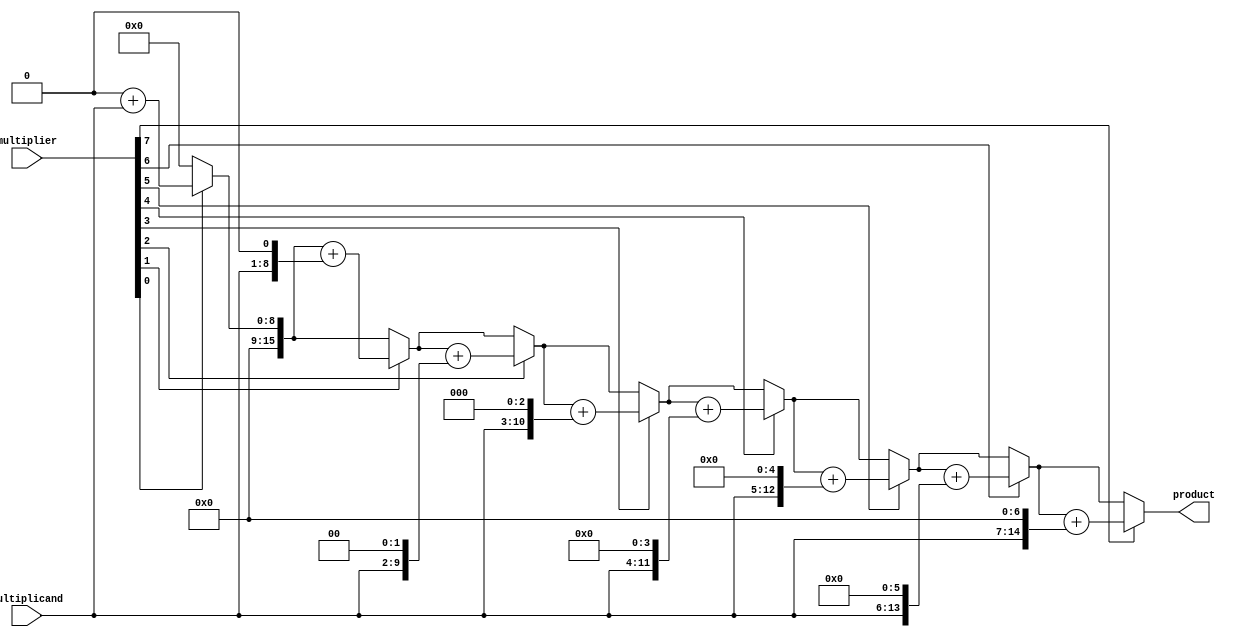
module unsigned_multiplier(
    input wire [7:0] multiplicand,
    input wire [7:0] multiplier,
    output reg [15:0] product
);

reg [7:0] multiplier_reg;
integer i;

always @(*) begin
    multiplier_reg = multiplier;
    product = 0;
    
    for(i = 0; i < 8; i = i + 1) begin
        if(multiplier_reg[0] == 1) begin
            product = product + (multiplicand << i);
        end
        multiplier_reg = multiplier_reg >> 1;
    end
end

endmodule